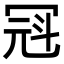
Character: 𪞒